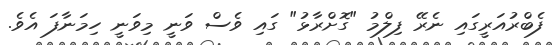
ފެބްރުއަރީގައި ނެރޭ ފިލްމު "ގޮށްރާޅު" ގައި ވެސް ވަނީ މިވަނީ ހިމަނާފަ އެވެ.